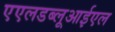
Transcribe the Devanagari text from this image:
एएलडब्लूआईएल